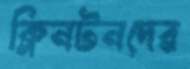
ক্লিনটনদের